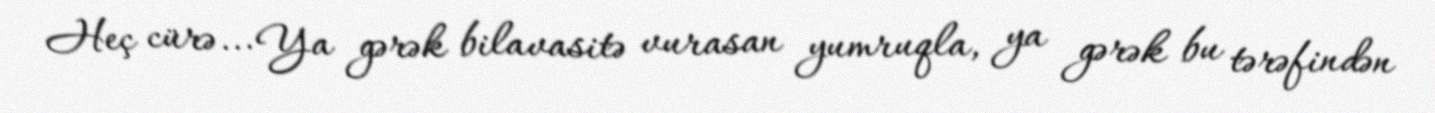
Heç cürə... Ya gərək bilavasitə vurasan yumruqla, ya gərək bu tərəfindən